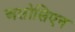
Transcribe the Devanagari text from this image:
असोसिएन